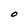
Character: O